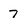
Character: 7